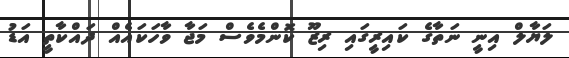
ލަޔާލް އިނީ ނަތާގެ ކައިރީގައި ރިޒޫ ކޮންމެވެސް މަޖާ ވާހަކައެއް ދައްކާތީ އަޑު